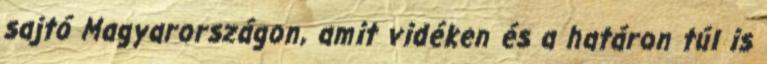
sajtó Magyarországon, amit vidéken és a határon túl is